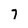
Character: 7